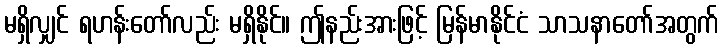
မရှိလျှင် ရဟန်းတော်လည်း မရှိနိုင်။ ဤနည်းအားဖြင့် မြန်မာနိုင်ငံ သာသနာတော်အတွက်